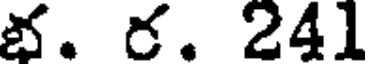
భ. ర. 241